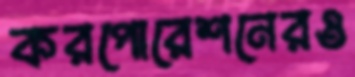
করপোরেশনেরও